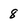
Character: 8